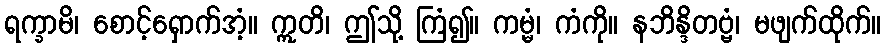
ရက္ခာမိ၊ စောင့်ရှောက်အံ့။ ဣတိ၊ ဤသို့ ကြံ၍။ ကမ္မံ၊ ကံကို။ နဘိန္ဒိတဗ္ဗံ၊ မဖျက်ထိုက်။